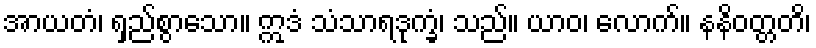
အာယတံ၊ ရှည်စွာသော။ ဣဒံ သံသာရဒုက္ခံ၊ သည်။ ယာဝ၊ လောက်။ နနိဝတ္တတိ၊